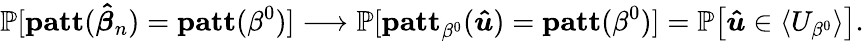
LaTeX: \mathbb{P}[\mathbf{patt}(\boldsymbol{\hat{\beta}}_{n})=\mathbf{patt}(\beta^{0})]\longrightarrow\mathbb{P}[\mathbf{patt}_{\beta^{0}}(\boldsymbol{\hat{u}})=\mathbf{patt}(\beta^{0})]=\mathbb{P}\big[\boldsymbol{\hat{u}}\in\langle U_{\beta^{0}}\rangle\big].